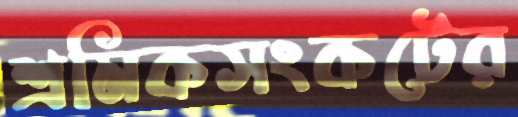
শ্রমিকসংকটের